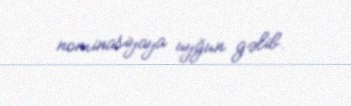
nominasiyaya uyğun gəlib.